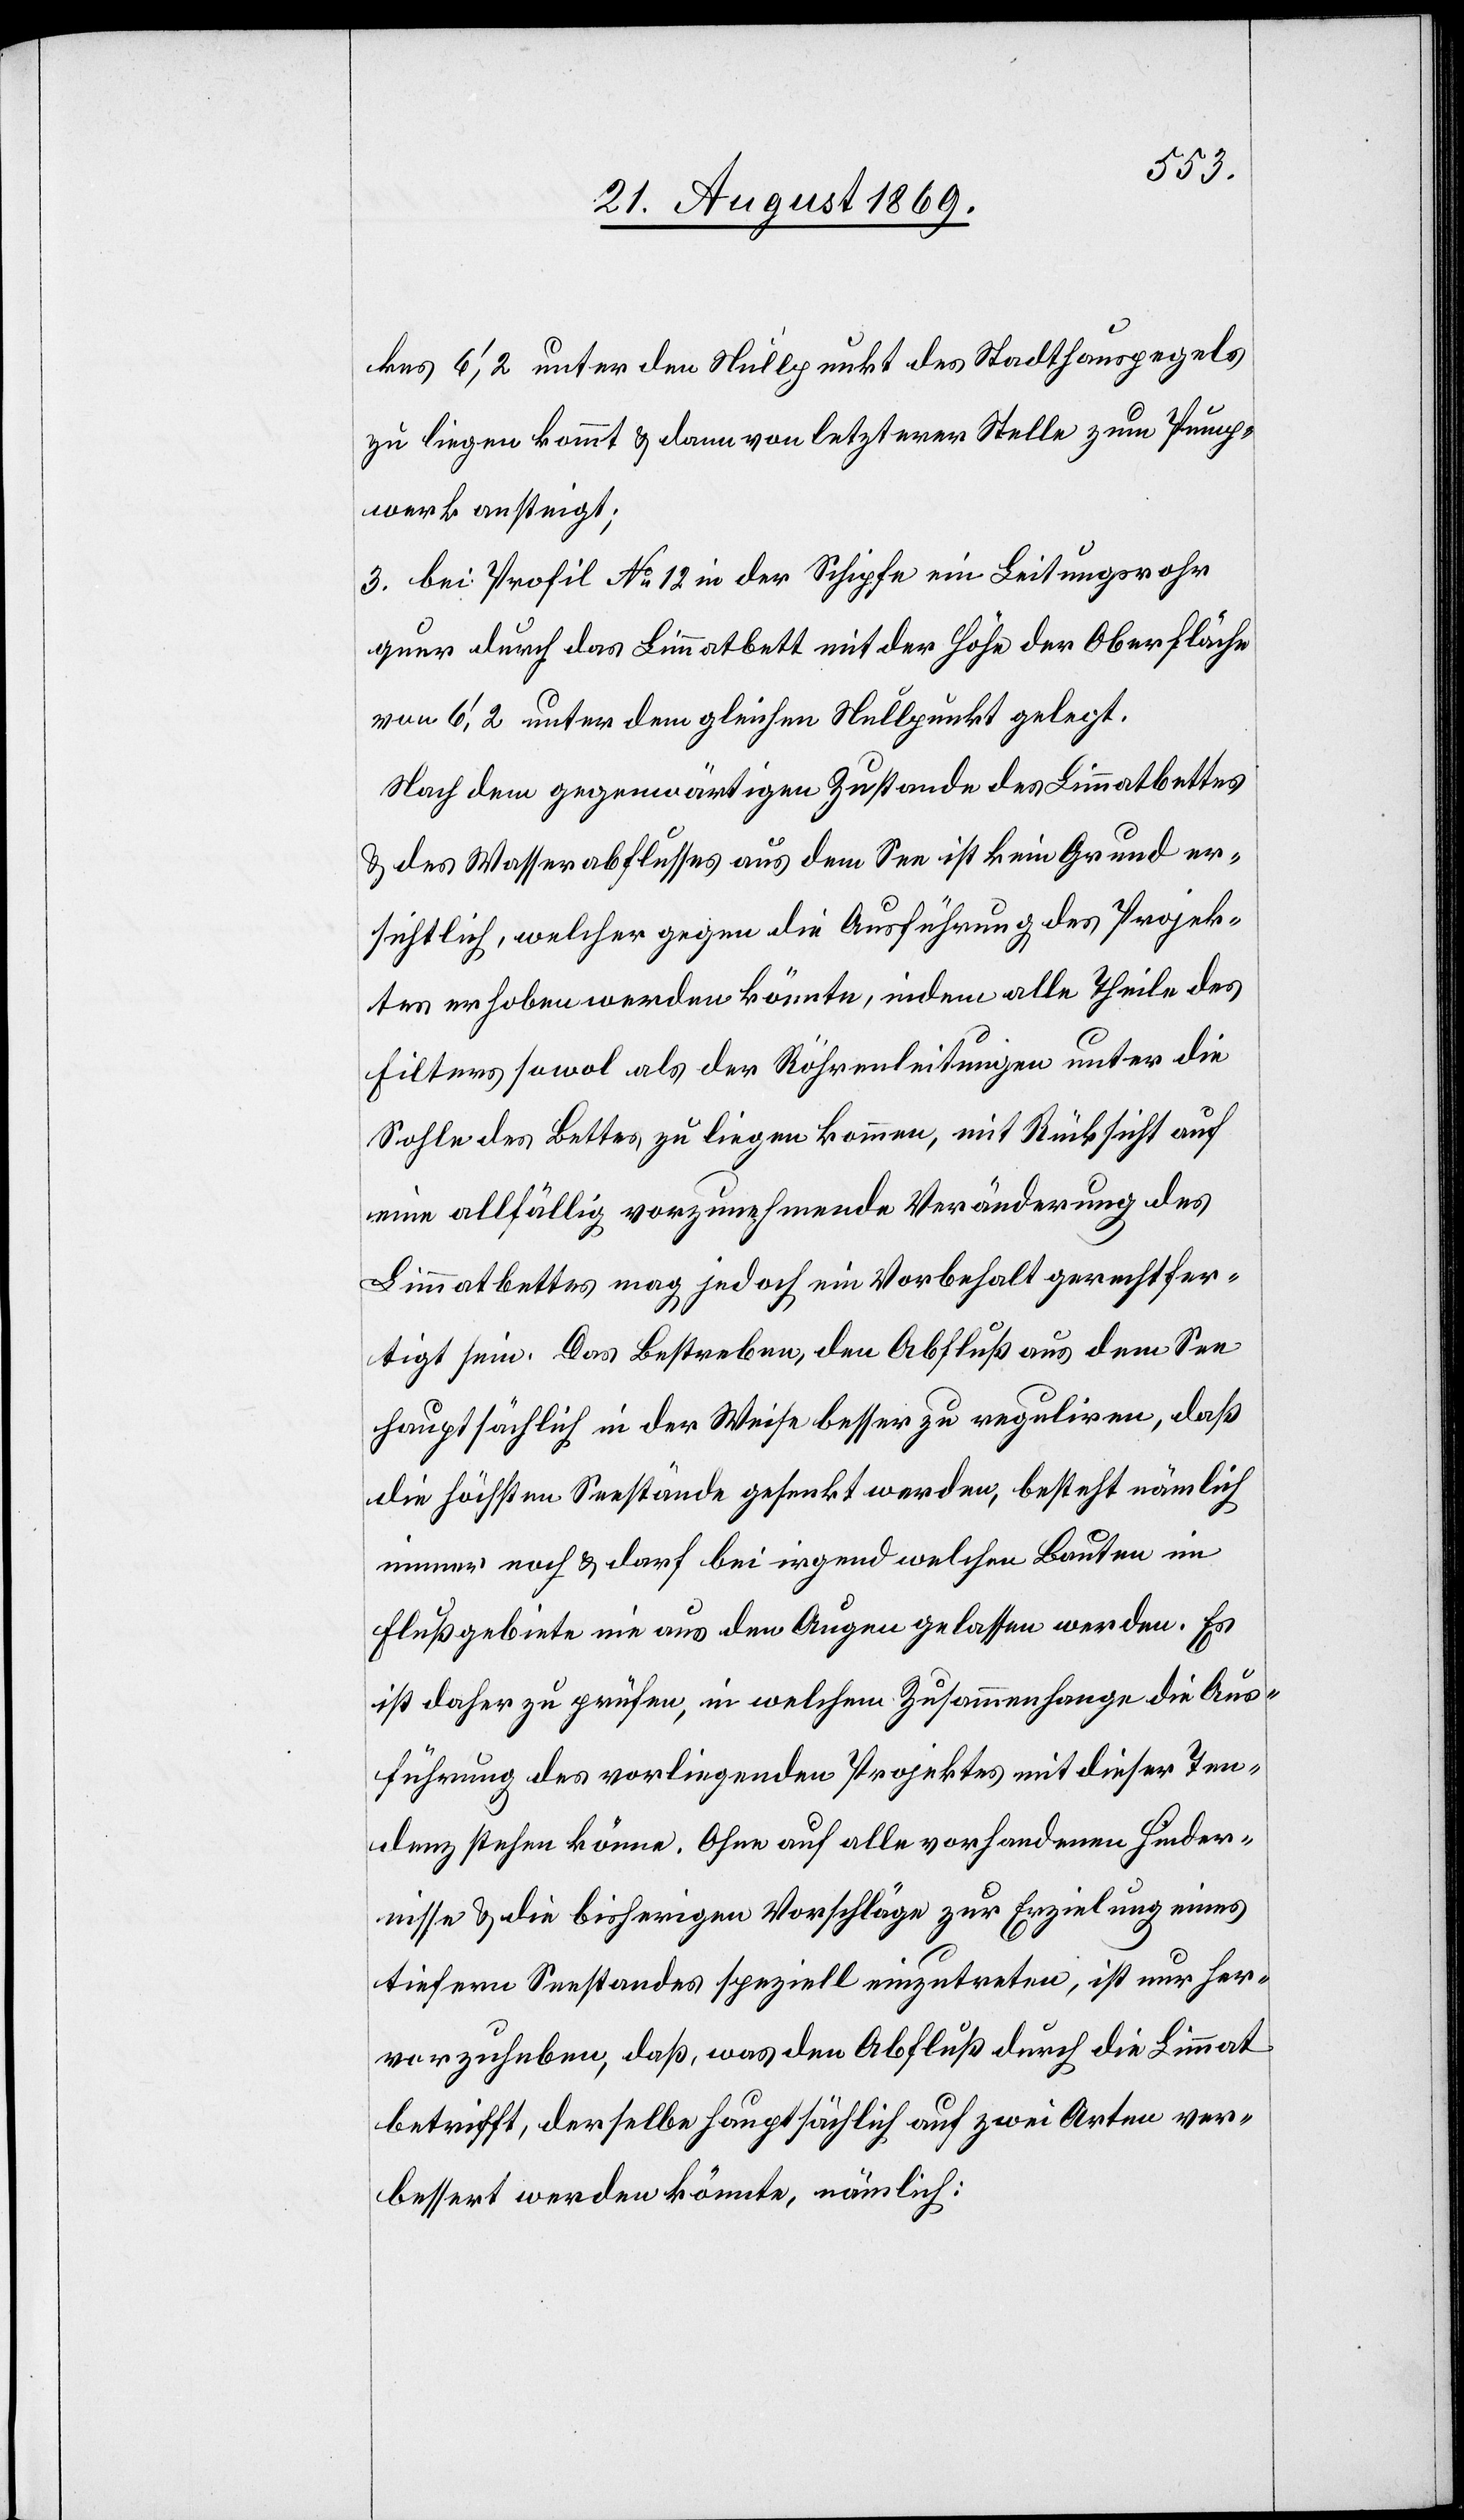
kes 6‘,2 unter den Nullpunkt des Stadthauspegels
zu liegen kommt & dann von letzterer Stelle zum Pump¬
werk ansteigt;
3. bei Profil No 12 in der Schipfe ein Leitungsrohr
quer durch das Limmatbett mit der Höhe der Oberfläche
von 6‘,2 unter dem gleichen Nullpunkt gelegt.
Nach dem gegenwärtigen Zustande des Limmatbettes
& des Wasserabflusses aus dem See ist kein Grund er¬
sichtlich, welcher gegen die Ausführung des Projek¬
tes erhoben werden könnte, indem alle Theile des
Filters sowol als der Röhrenleitungen unter die
Sohle des Bettes zu liegen kommen, mit Rücksicht auf
eine allfällig vorzunehmende Veränderung des
Limmatbettes mag jedoch ein Vorbehalt gerechtfer¬
tigt sein. Das Bestreben, den Abfluß aus dem See
hauptsächlich in der Weise besser zu reguliren, daß
die höchsten Seestände gesenkt werden, besteht nämlich
immer noch & darf bei irgend welchen Bauten im
Flußgebiete nie aus den Augen gelassen werden. Es
ist daher zu prüfen, in welchem Zusammenhange die Aus¬
führung des vorliegenden Projektes mit dieser Ten¬
denz stehen könne. Ohne auf alle vorhandenen Hinder¬
nisse & die bisherigen Vorschläge zur Erzielung eines
tiefern Seestandes speziell einzutreten, ist nur her¬
vorzuheben, daß, was den Abfluß durch die Limmat
betrifft, derselbe hauptsächlich auf zwei Arten ver¬
bessert werden könnte, nämlich: